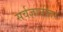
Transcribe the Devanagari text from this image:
सर्वज्ञानोतर